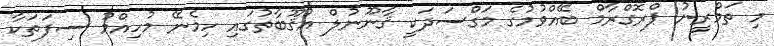
މި ތަމްރީނު ޕްރޮގްރާމް ބޭއްވުމުގެ މަގްސަދަކީ ޤާނޫނުލް އުޤޫބާތުގައި ހިމެނޭ މުހިއްމު ސިފަތަކާ